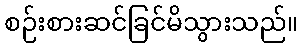
စဉ်းစားဆင်ခြင်မိသွားသည်။